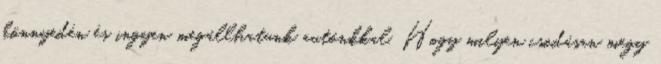
könnyedén és ingyen megállhatunk autónkkal. Hogy milyen csodásan megy